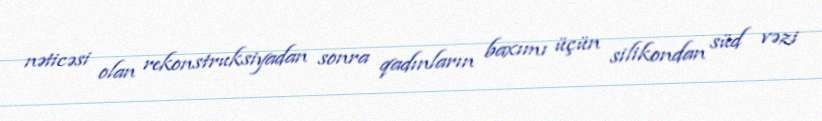
nəticəsi olan rekonstruksiyadan sonra qadınların baxımı üçün silikondan süd vəzi